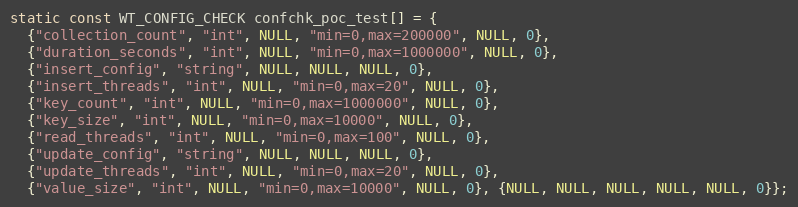
Language: C
static const WT_CONFIG_CHECK confchk_poc_test[] = {
  {"collection_count", "int", NULL, "min=0,max=200000", NULL, 0},
  {"duration_seconds", "int", NULL, "min=0,max=1000000", NULL, 0},
  {"insert_config", "string", NULL, NULL, NULL, 0},
  {"insert_threads", "int", NULL, "min=0,max=20", NULL, 0},
  {"key_count", "int", NULL, "min=0,max=1000000", NULL, 0},
  {"key_size", "int", NULL, "min=0,max=10000", NULL, 0},
  {"read_threads", "int", NULL, "min=0,max=100", NULL, 0},
  {"update_config", "string", NULL, NULL, NULL, 0},
  {"update_threads", "int", NULL, "min=0,max=20", NULL, 0},
  {"value_size", "int", NULL, "min=0,max=10000", NULL, 0}, {NULL, NULL, NULL, NULL, NULL, 0}};